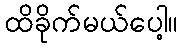
ထိခိုက်မယ်ပေါ့။